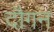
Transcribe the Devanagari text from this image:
दौगन